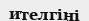
ителгіні